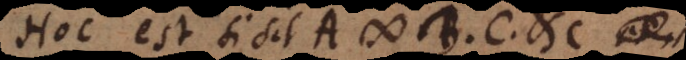
Hoc est si sit A # B, C, etc. et